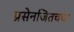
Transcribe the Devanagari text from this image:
प्रसेनजितचचा